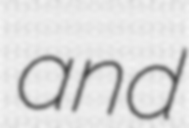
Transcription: and